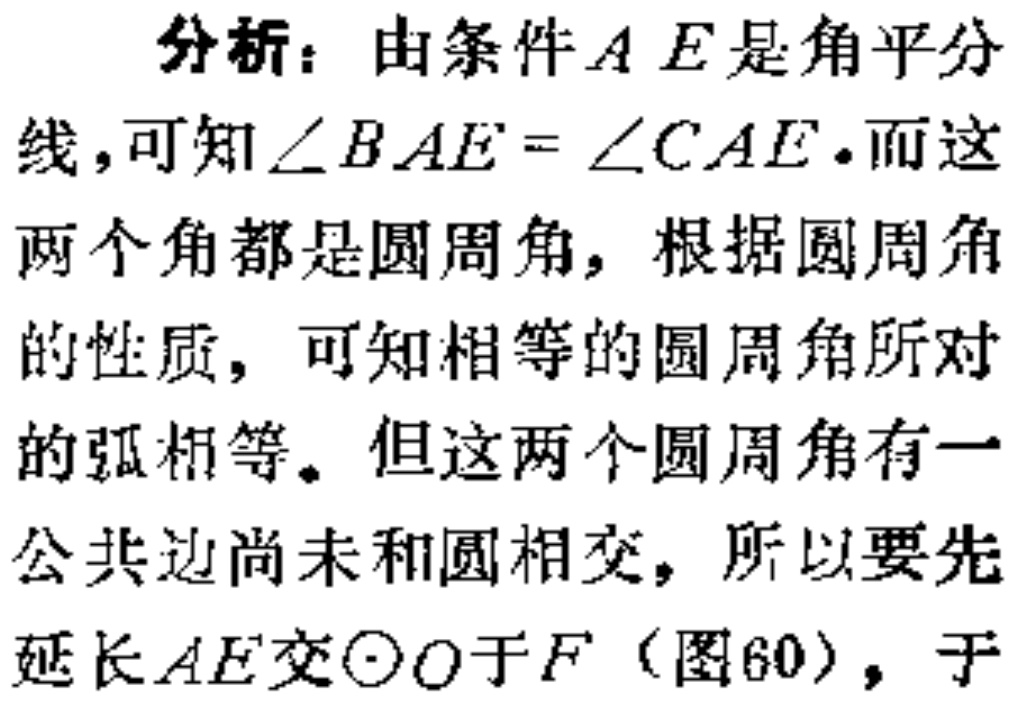
分析：由条件\(AE\)是角平分线，可知\(\angle BAE = \angle CAE\)。而这两个角都是圆周角，根据圆周角的性质，可知相等的圆周角所对的弧相等。但这两个圆周角有一公共边尚未和圆相交，所以要先延长\(AE\)交\(\odot O\)于\(F\)（图60），于